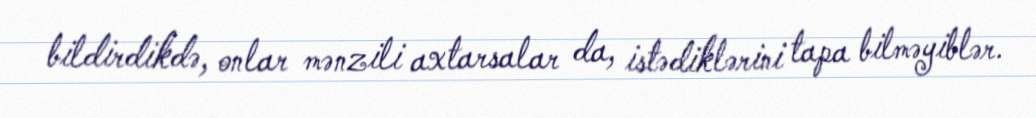
bildirdikdə, onlar mənzili axtarsalar da, istədiklərini tapa bilməyiblər.